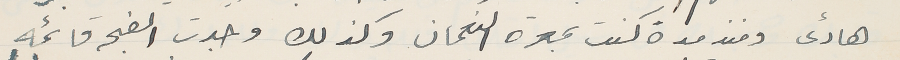
هادءى ومنذ مدة كنت بمعرة النعمان وكذلك وجدت الضجه قائمه